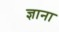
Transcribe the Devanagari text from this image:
ज्ञाना